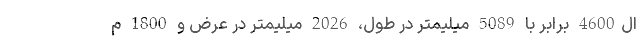
ال4600 برابر با 5089 میلیمتر در طول، 2026 میلیمتر در عرض و 1800 م